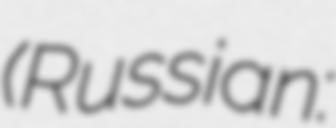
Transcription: (Russian: